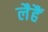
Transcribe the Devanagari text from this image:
लैहैं